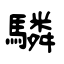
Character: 驎